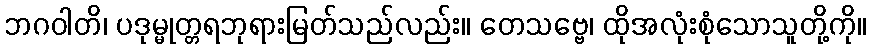
ဘဂဝါတိ၊ ပဒုမ္မုတ္တရဘုရားမြတ်သည်လည်း။ တေသဗ္ဗေ၊ ထိုအလုံးစုံသောသူတို့ကို။